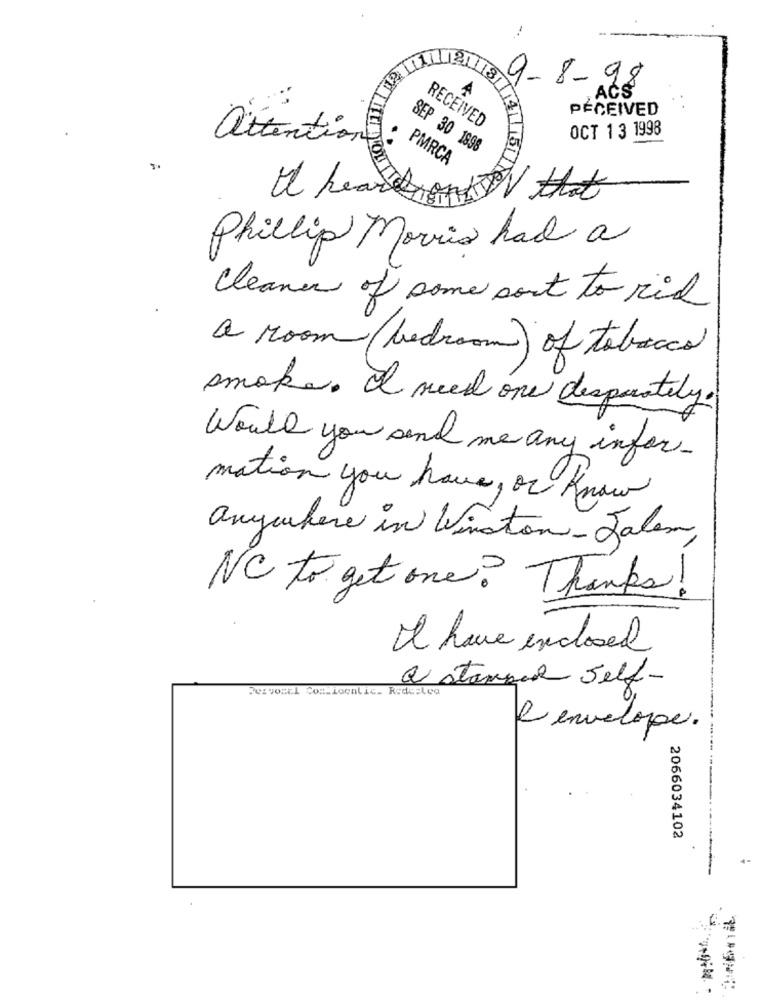
-
9-8-98
81
,ACS
PÉCEIVED
RECEIVED
OCT 13 1998
attention:
SEP 30 1898
PMRCA
LTE
Phillip Morris had a
Cleaner of some sort to rid
a room (bedroom) of tobacco
smoke. I need one desperately.
Would you send me any infor-
mation you have, or know
anywhere in Winston- Salem
NC to get one? Thanks!
It have enclosed
a stampar self-
Per vosel Com localic. Rede:lea
L'envelope.
2066034102